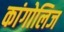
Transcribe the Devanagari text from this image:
कांगोलिज